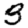
Digit: 3